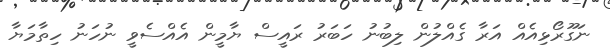
ނަގޫރޯޅިއެއް އަރާ ގެއްލުން ލިބުނު ހަބަރު ރައީސް ޔާމީން އެއްސެވީ ނުހަނު ހިތާމަޔާ